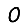
Digit: 0